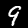
Label: 9